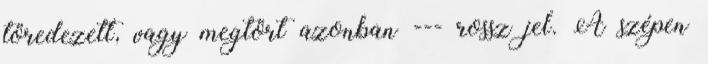
töredezett, vagy megtört azonban --- rossz jel. A szépen